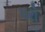
પરો